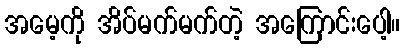
အမေ့ကို အိပ်မက်မက်တဲ့ အကြောင်းပေါ့။